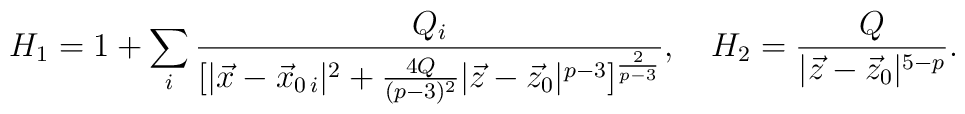
H_1=1+\sum_i{{Q_i}\over{[|\vec{x}-\vec{x}_{0\,i}|^2+{{4Q}\over{(p-3)^2}}|\vec{z}-\vec{z}_0|^{p-3}]^{2\over{p-3}}}},\ \ \ H_2={Q\over{|\vec{z}-\vec{z}_0|^{5-p}}}.